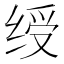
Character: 绶